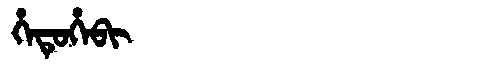
Manchu: ᡥᡝᡨᡠᡥᡝᠪᡳ
Romanization: HETUHEBI